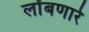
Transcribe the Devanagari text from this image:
लोंबणारे